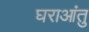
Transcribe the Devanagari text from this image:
घराआंतु